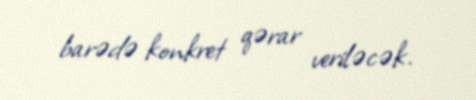
barədə konkret qərar veriləcək.